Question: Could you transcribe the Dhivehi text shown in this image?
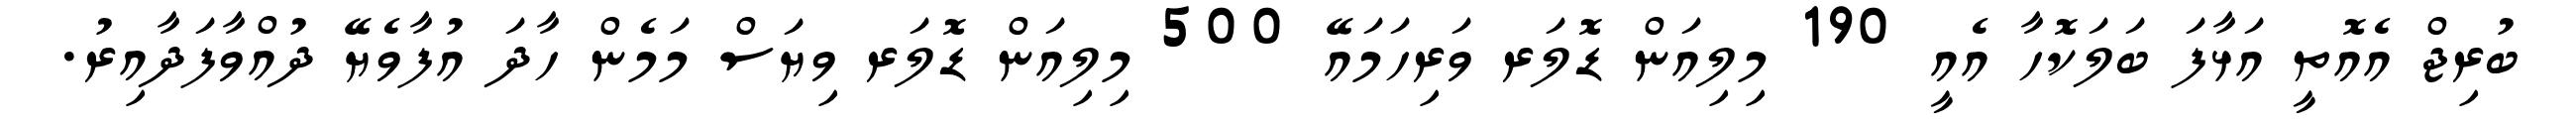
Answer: ބުރިޖް އެއޮތީ އަޅާފަ ބަލަކޮހާ އެއީ 190 މިލިއަން ޑޮލަރ ވަރިހަމައޭ 500 މިލިއަން ޑޮލަރ ވިޔަސް މަމެން ހާދަ އުފާވެޔޭ ދުއްވާފަދާއިރު.